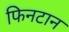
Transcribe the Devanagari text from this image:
फिनटान